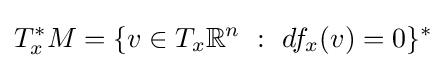
T_{x}^{*}M=\{v\in T_{x}\mathbb {R} ^{n}\ :\ df_{x}(v)=0\}^{*}